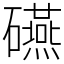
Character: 𥗕